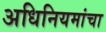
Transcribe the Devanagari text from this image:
अधिनियमांचा